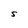
Character: S